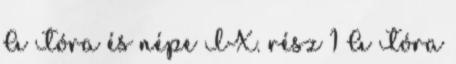
A Tóra és népe IX. rész 1 A Tóra